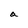
Character: a